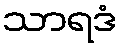
သာရဒံ